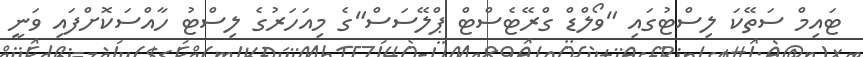
ޓައިމް ސަތޭކަ ލިސްޓުގައި "ވޯލްޑް ގްރޭޓެސްޓް ޕްލޭސަސް"ގެ މިއަހަރުގެ ލިސްޓު ހާއްސަކޮށްފައި ވަނީ